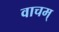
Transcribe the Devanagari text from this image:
वाचम्